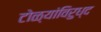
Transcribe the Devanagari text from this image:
टोळ्यांविरुध्द